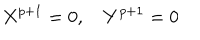
X ^ { p + 1 } = 0 , \quad Y ^ { p + 1 } = 0